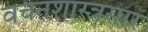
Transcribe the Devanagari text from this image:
वचनशास्त्रसार